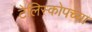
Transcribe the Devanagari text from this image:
टेलिस्कोपच्या